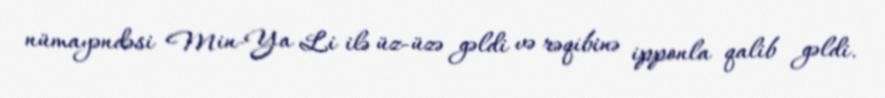
nümayəndəsi Min-Ya Li ilə üz-üzə gəldi və rəqibinə ipponla qalib gəldi.